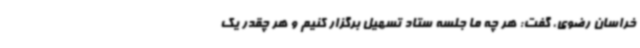
خراسان رضوی، گفت: هر چه ما جلسه ستاد تسهیل برگزار کنیم و هر چقدر یک